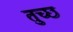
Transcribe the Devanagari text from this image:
तुच्‍छ